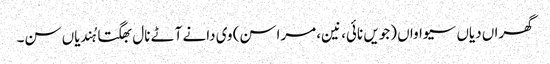
گھراں دیاں سیواواں (جویں نائی، نین، مراسن) وی دانے آٹے نال بھگتا ہُندیاں سن۔